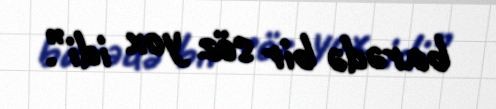
barədə bir söz yox idi”.